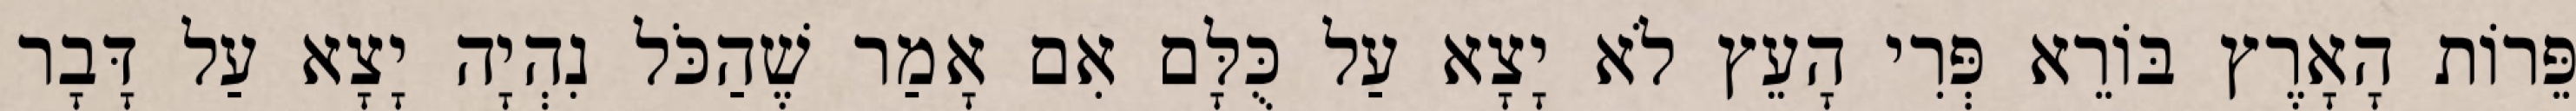
פֵּרוֹת הָאָרֶץ בּוֹרֵא פְּרִי הָעֵץ לֹא יָצָא עַל כֻּלָּם אִם אָמַר שֶׁהַכֹּל נִהְיָה יָצָא עַל דָּבָר